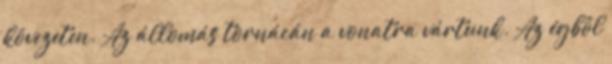
kövezeten. Az állomás tornácán a vonatra vártunk. Az égből